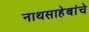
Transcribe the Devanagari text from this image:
नाथसाहेबांचे